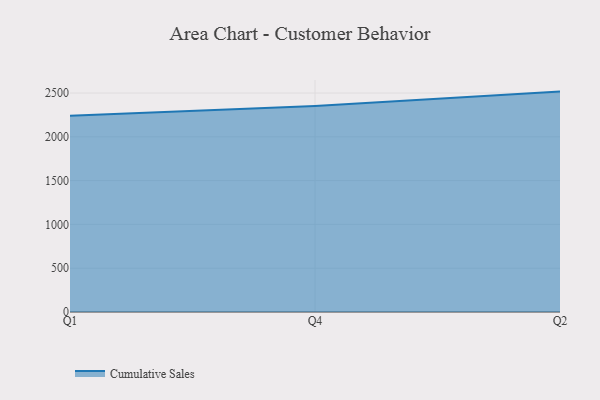
{"axis": {"x": "Quarter", "y": "Waste Production (Tons)"}, "legend": ["Cumulative Sales"], "data": [{"x": "Q1", "y": 2239.2, "type": "Cumulative Sales"}, {"x": "Q4", "y": 2352.2, "type": "Cumulative Sales"}, {"x": "Q2", "y": 2516.3, "type": "Cumulative Sales"}]}